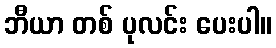
ဘီယာ တစ် ပုလင်း ပေးပါ။